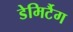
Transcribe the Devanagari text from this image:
डेमिर्टैग